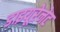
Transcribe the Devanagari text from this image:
डाइयूरेनेट